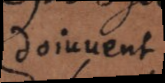
doiuvent